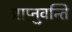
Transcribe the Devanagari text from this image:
प्राप्नुवन्ति